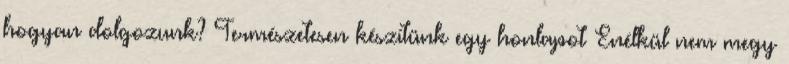
hogyan dolgozunk? Természetesen készítünk egy honlapot Enélkül nem megy